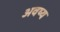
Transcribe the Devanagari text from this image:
अवष्य